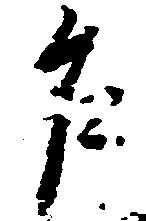
乍